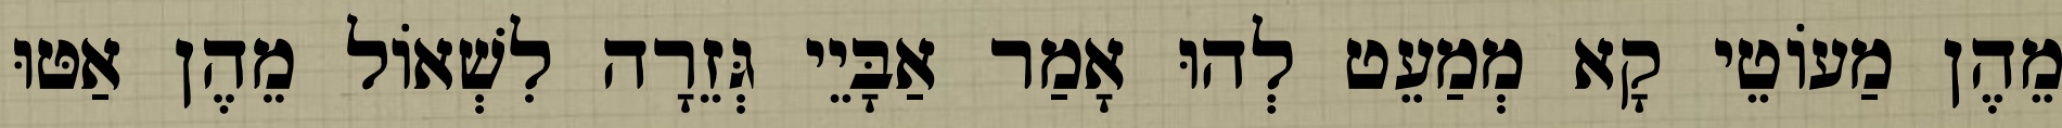
מֵהֶן מַעוֹטֵי קָא מְמַעֵט לְהוּ אָמַר אַבָּיֵי גְּזֵרָה לִשְׁאוֹל מֵהֶן אַטּוּ